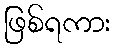
ဖြစ်ရကား